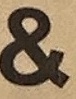
&